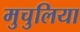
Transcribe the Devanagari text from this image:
मुचुलिया